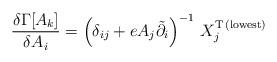
LaTeX: \begin{align*}\frac{\delta\Gamma[A_{k}]}{\delta A_{i}} = \left(\delta_{ij} + eA_{j}\tilde{\partial}_{i}\right)^{-1}\,X_{j}^{{\rm T}\,{\rm (lowest)}}\end{align*}